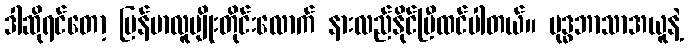
ဒါဆိုရင်တော့ မြန်မာလူမျိုးတိုင်းလောက် နားလည်နိုင်ပြီထင်ပါတယ်။ ဗုဒ္ဓဘာသာအယူနဲ့